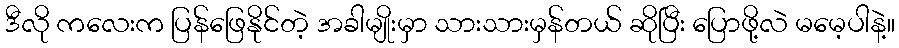
ဒီလို ကလေးက ပြန်ဖြေနိုင်တဲ့ အခါမျိုးမှာ သားသားမှန်တယ် ဆိုပြီး ပြောဖို့လဲ မမေ့ပါနဲ့။